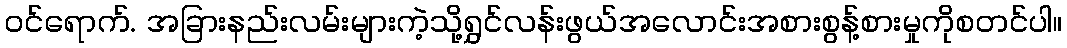
ဝင်ရောက်. အခြားနည်းလမ်းများကဲ့သို့ရွှင်လန်းဖွယ်အလောင်းအစားစွန့်စားမှုကိုစတင်ပါ။